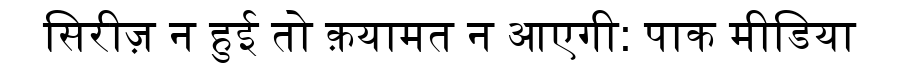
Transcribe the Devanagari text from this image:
सिरीज़ न हुई तो क़यामत न आएगी: पाक मीडिया